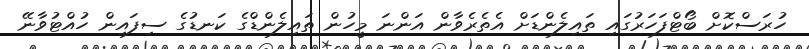
ހުރަސްކޮށް ބޯޓްފަހަރުގައި ތައިލެންޑަށް އެތެރެވާން އަންނަ މީހުން ތައިލެންޑްގެ ކަނޑުގެ ސިފައިން ހުއްޓުވާނޭ